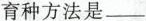
育种方法是_________